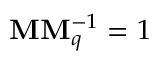
\mathbf { M } \mathbf { M } _ { q } ^ { - 1 } = 1